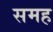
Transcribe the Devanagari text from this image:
समह